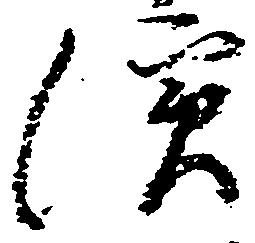
浜